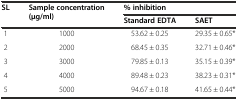
<table><thead><tr><td rowspan="2"><b>SL</b></td><td rowspan="2"><b>Sample concentration (μg/ml)</b></td><td colspan="2"><b>% inhibition</b></td></tr><tr><td><b>Standard EDTA</b></td><td><b>SAET</b></td></tr></thead><tbody><tr><td>1</td><td>1000</td><td> 53.62 ± 0.25</td><td>29.35 ± 0.65*</td></tr><tr><td>2</td><td>2000</td><td> 68.45 ± 0.35</td><td>32.71 ± 0.46*</td></tr><tr><td>3</td><td>3000</td><td> 79.85 ± 0.13</td><td>35.15 ± 0.39*</td></tr><tr><td>4</td><td>4000</td><td> 89.48 ± 0.23</td><td>38.23 ± 0.31*</td></tr><tr><td>5</td><td>5000</td><td> 94.67 ± 0.18</td><td>41.65 ± 0.44*</td></tr></tbody></table>